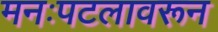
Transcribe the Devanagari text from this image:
मनःपटलावरून